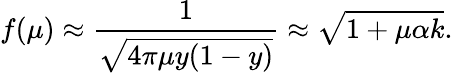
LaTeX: f(\mu)\approx\frac{1}{\sqrt{4\pi\mu y(1-y)}}\approx\sqrt{1+\mu\alpha k}.